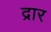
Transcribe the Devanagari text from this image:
द्रार